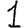
Digit: 1